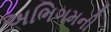
અભિગમની